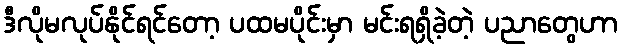
ဒီလိုမလုပ်နိုင်ရင်တော့ ပထမပိုင်းမှာ မင်းရရှိခဲ့တဲ့ ပညာတွေဟာ